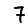
Digit: 7